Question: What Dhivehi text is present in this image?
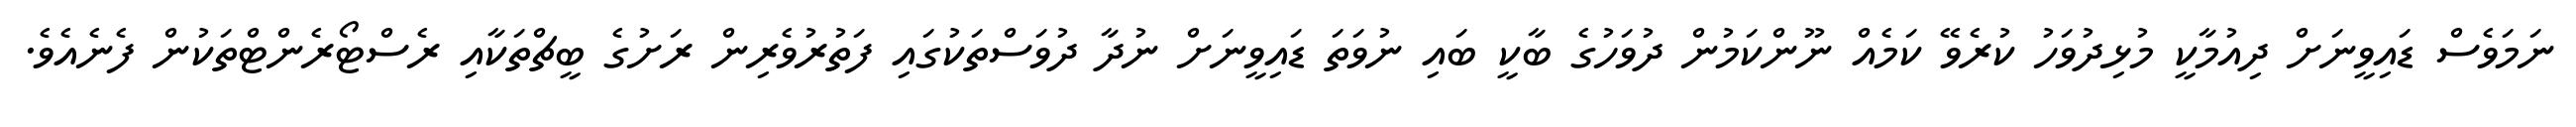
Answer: ނަމަވެސް ޑައިވީނަށް ދިއުމާކީ މުޅިދުވަހު ކުރެވޭ ކަމެއް ނޫންކަމުން ދުވަހުގެ ބާކީ ބައި ނުވަތަ ޑައިވީނަށް ނުދާ ދުވަސްތަކުގައި ފަތުރުވެރިން ރަށުގެ ބީޗްތަކާއި ރެސްޓޯރެންޓްތަކުން ފެނެއެވެ.